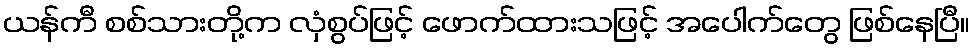
ယန်ကီ စစ်သားတို့က လှံစွပ်ဖြင့် ဖောက်ထားသဖြင့် အပေါက်တွေ ဖြစ်နေပြီ။